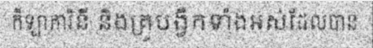
កីឡាការិនី និងគ្រូបង្វឹកទាំងអស់ដែលបាន